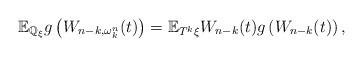
LaTeX: \begin{align*}\mathbb{E}_{\mathbb{Q}_\xi}g\left(W_{n-k,\omega_k^n}(t)\right)=\mathbb{E}_{T^k\xi}W_{n-k}(t)g\left(W_{n-k}(t) \right),\end{align*}